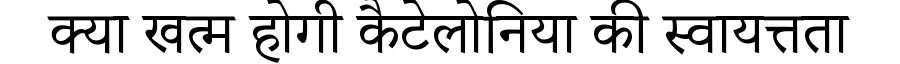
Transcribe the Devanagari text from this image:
क्या खत्म होगी कैटेलोनिया की स्वायत्तता